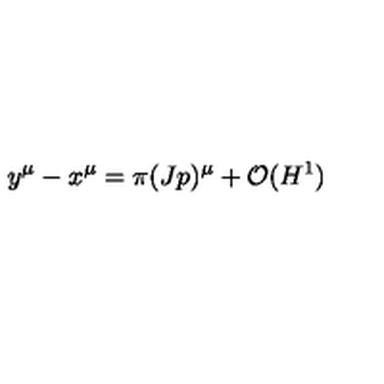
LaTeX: y ^ { \mu } - x ^ { \mu } = \pi ( J p ) ^ { \mu } + { \cal O } ( H ^ { 1 } )